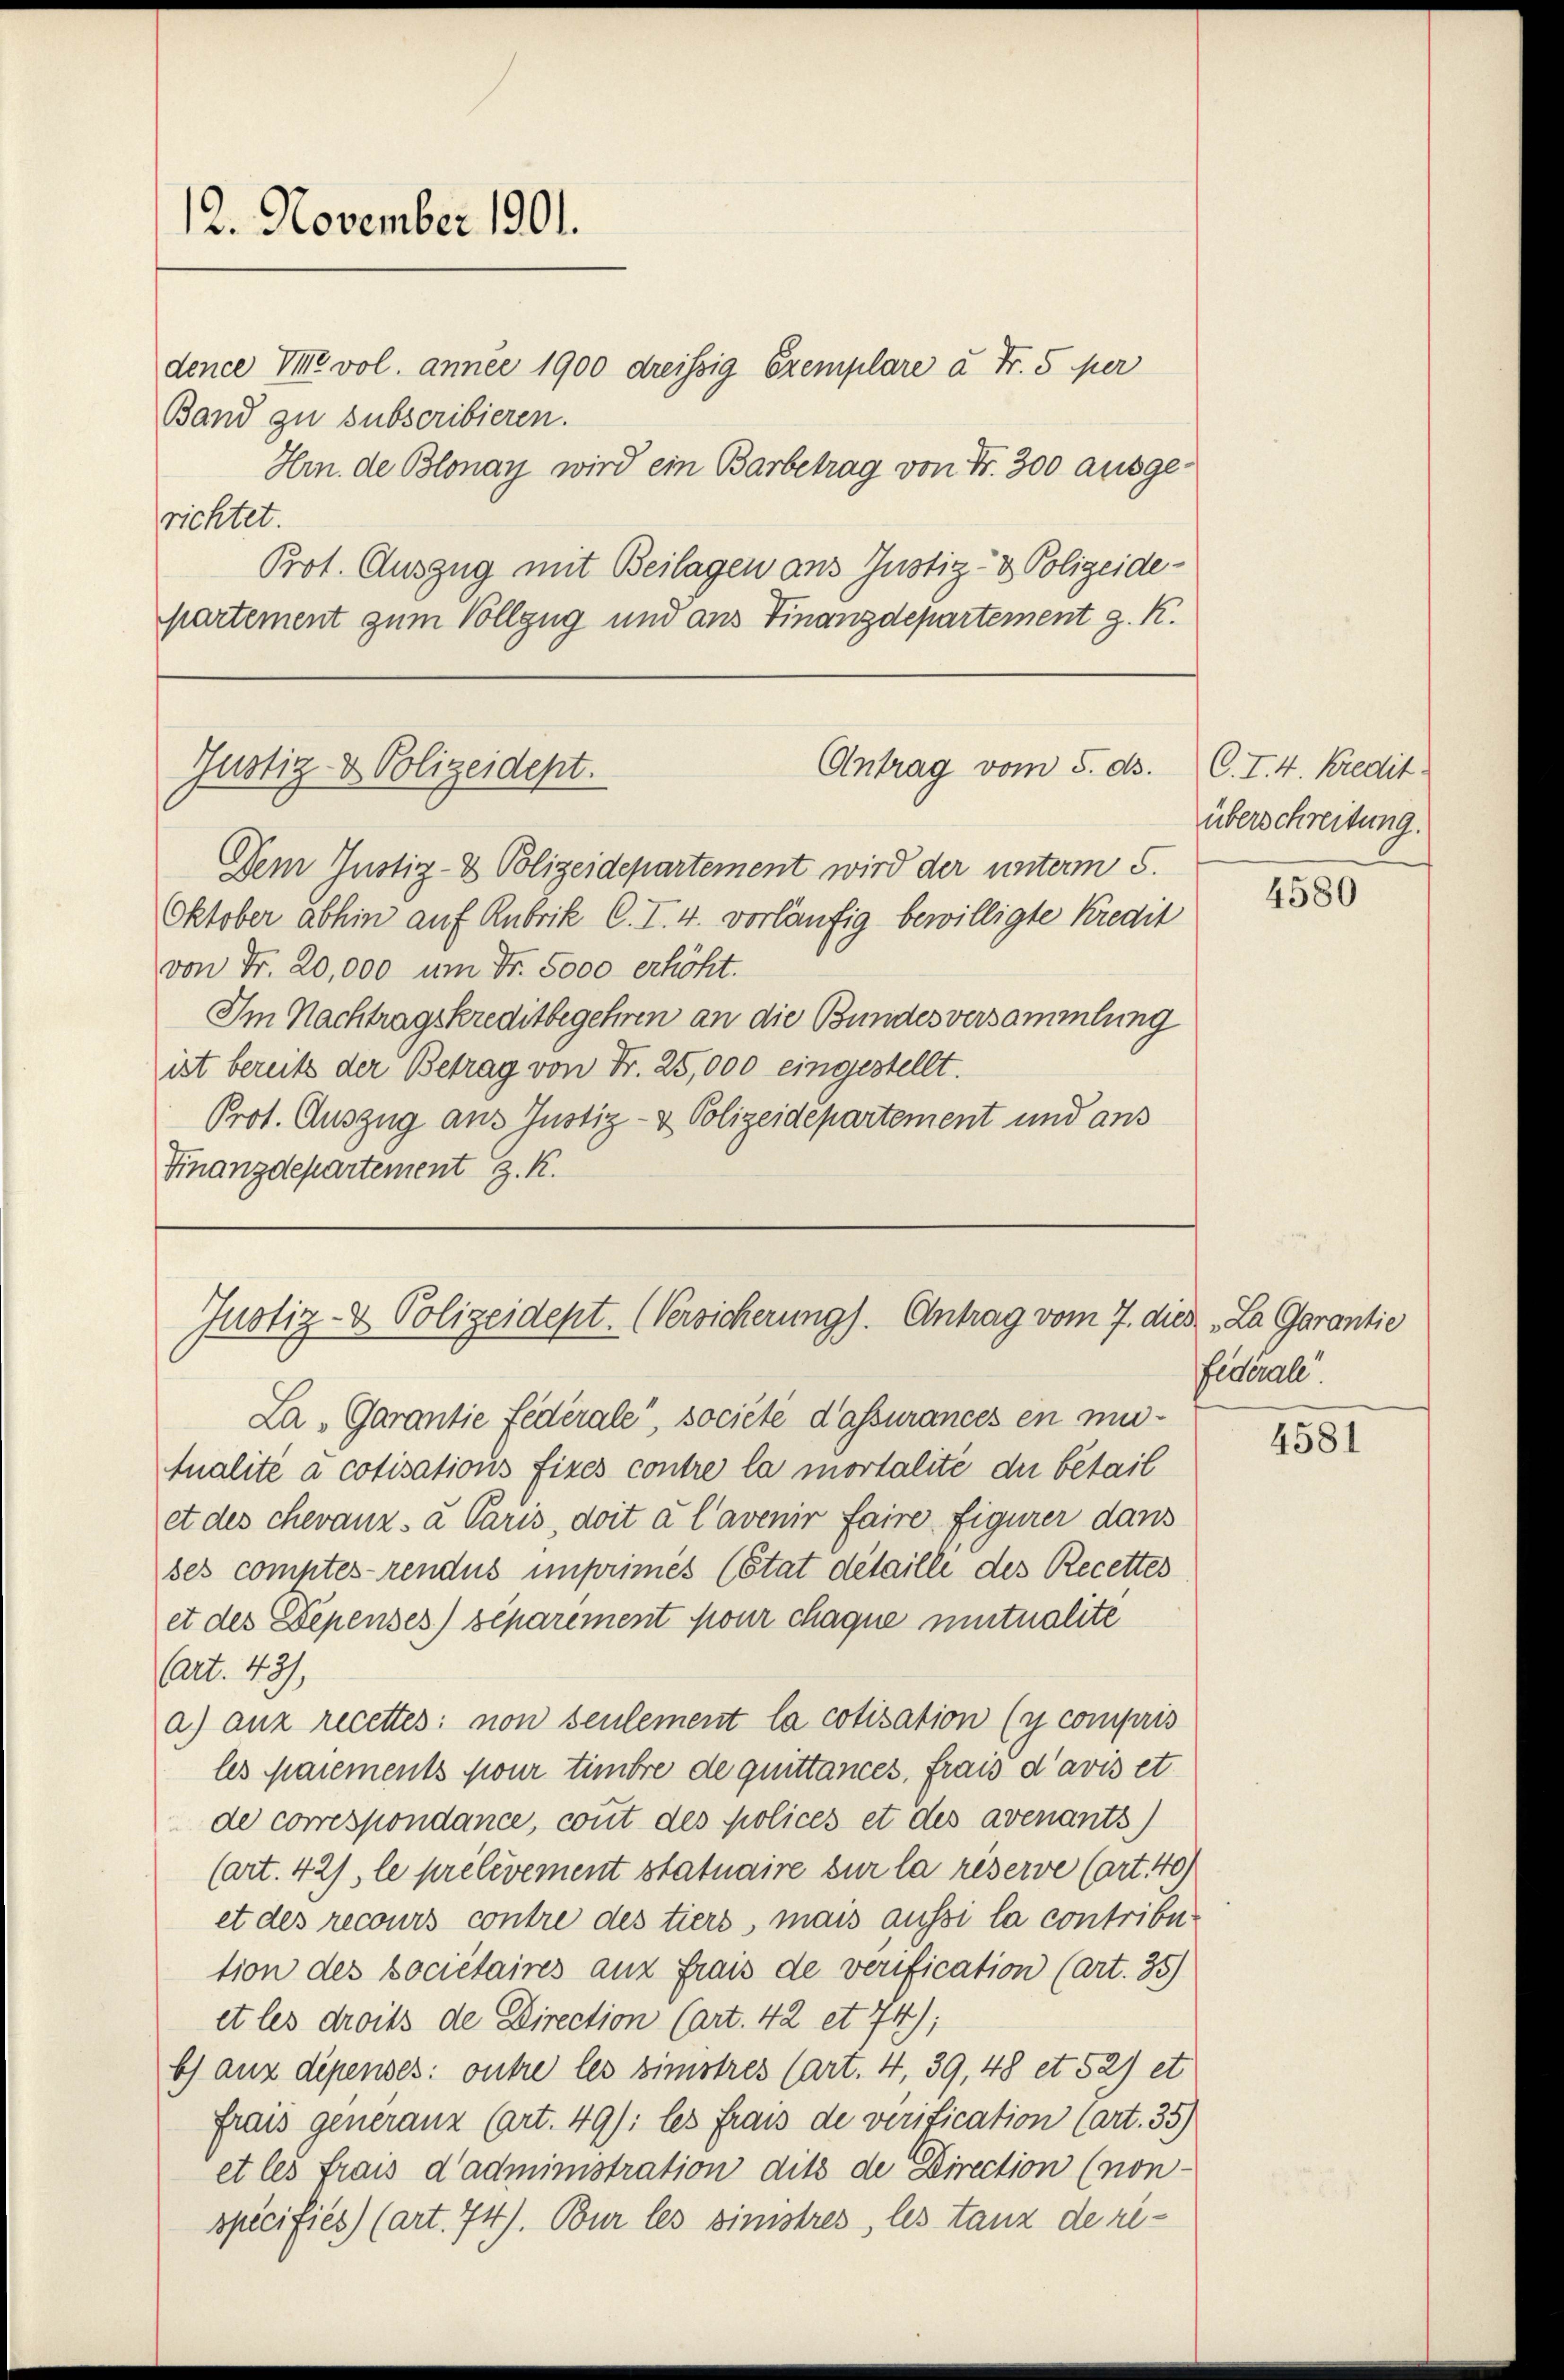
dence Mt vol. année 1900 dreissig Exemplare à Fr. 5 per
Band zu subscribieren.
richtet.

12. November 1901.
Hrn. de Blonay wird ein Barbetrag von Fr. 300 ausge¬
Prot. Auszug mit Beilagen aus Justiz- & Polizeide-
partement zum Vollzug und aus Finanzdepartement g. K.
Antrag vom 5. ds.
Gustiz- & Polizeidept.
Dem Justiz- & Polizeidepartement wird der unterm 5.
Oktober abhin auf Rubrik C. I. 4. vorläufig bewilligte Kredit
von Fr. 20,000 um Fr. 5000 erhöht.

Im Nachtragskreditbegehren an die Bundesversammlung
ist bereits der Betrag von Fr. 25,000 eingestellt.
Prot. Auszug aus Justiz- & Polizeidepartement und aus
Finanzdepartement z. K.

La Garantie Federale“, société d’assurances en mu¬
Qualité à cotisations fixes contre la mortalité du bétail
et des chevanz a Paris, doit à l’avenir faire figurer dans
ses comptes rendus imprimés (Etat detaille des Recettes
et des Depenses) séparément pour chaque mitualité
(art. 43),
a) anz recettes: non seulement la cotisation (y compris
les Marements pour timbre de quittances, frais d’avis et
de correspondance, count des Polices et des avenants)
(art. 42), le prélèvement statuaire sur la réserve (art. 40)
et des recours contre des tiers, mais aussi la contribu
tion des societaires aux frais de verification (Art. 35)
et les droits de Direction (Art. 42 et 74);
b) aux dipenses: outre les zinstres (Art. 4, 39, 48 et 52) et
frais generanz (art. 49): les frais de vérification (Art. 35)
et les frais d’administration dits de Direction (non-
specifiés) (art. 74). Bur les sinistres, les tanz de ri-

Justiz- & Polizeidept. (Versicherung). Antrag vom 7. dies „La Garantie

C. I. 4. Kredit
überschreitung.

4580

federale

4581